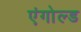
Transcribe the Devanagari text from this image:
एंगोल्ड